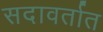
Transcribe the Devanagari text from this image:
सदावर्तात